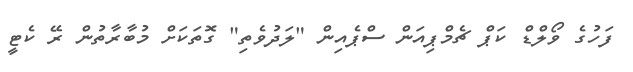
ފަހުގެ ވޯލްޑް ކަޕް ޗެމްޕިއަން ސްޕެއިން "ލަދުވެތި" ގޮތަކަށް މުބާރާތުން ރޭ ކެޓީ